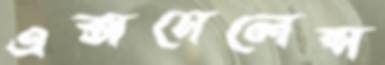
এক্সসেলেন্স